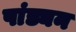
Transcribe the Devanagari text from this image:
पांड्यन